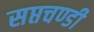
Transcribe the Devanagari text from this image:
सप्तचण्डी